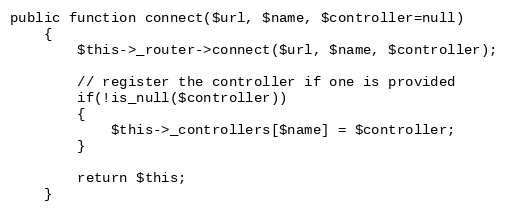
Language: PHP
public function connect($url, $name, $controller=null)
	{
		$this->_router->connect($url, $name, $controller);

		// register the controller if one is provided
		if(!is_null($controller))
		{
			$this->_controllers[$name] = $controller;
		}

		return $this;
	}